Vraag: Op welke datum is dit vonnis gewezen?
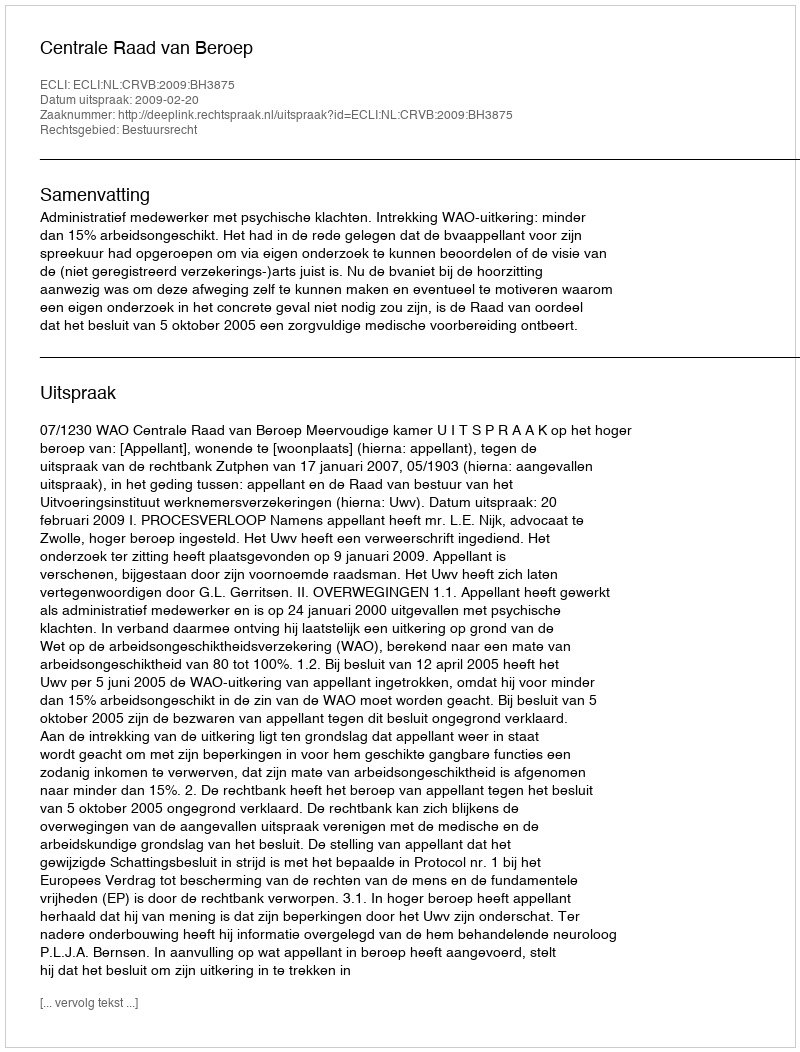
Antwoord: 2009-02-20